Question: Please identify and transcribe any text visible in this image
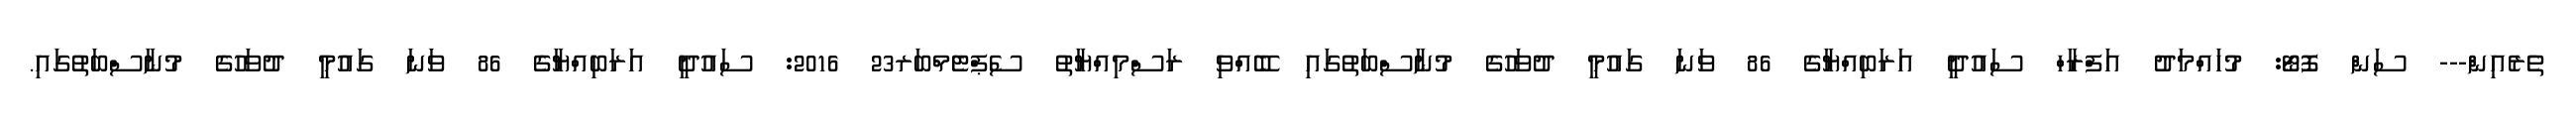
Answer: ތެރެއިން--- ސަން ފޮޓޯ: މުހައްމަދު އަފްރާހް ސައުދީ އަރަބިއްޔާގެ 86 ވަނަ ގައުމީ ދުވަހުގެ މުނާސްބަތުގައި ބޭއްވި ރަސްމިއްޔާތު ސެޕްޓެމްބަރ23 2016: ސައުދީ އަރަބިއްޔާގެ 86 ވަނަ ގައުމީ ދުވަހުގެ މުނާސްބަތުގައި.